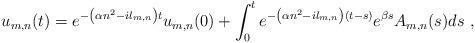
LaTeX: \begin{align*}u_{m,n} (t) = e^{-\left ( \alpha n^2 - i l_{m,n} \right ) t} u_{m,n} (0) + \int_0^t e^{-\left (\alpha n^2 -i l_{m,n} \right ) (t-s)} e^{\beta s} A_{m,n} (s) ds \ , \end{align*}